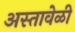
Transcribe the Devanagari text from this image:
अस्तावेळी